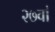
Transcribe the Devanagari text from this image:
२७वां